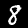
Label: 8